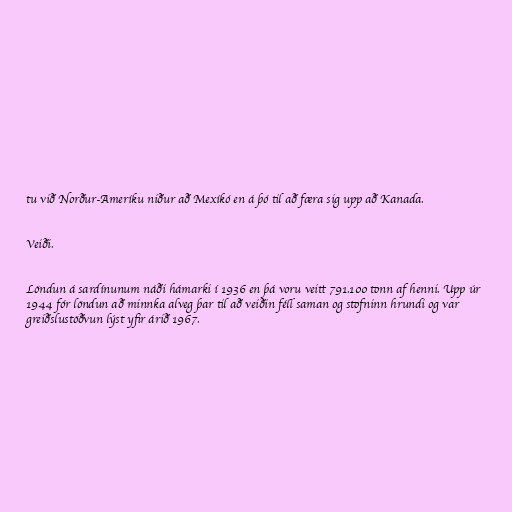
tu við Norður-Ameríku niður að Mexíkó en á þó til að færa sig upp að Kanada.

Veiði.

Löndun á sardínunum náði hámarki í 1936 en þá voru veitt 791.100 tonn af henni. Upp úr
1944 fór löndun að minnka alveg þar til að veiðin féll saman og stofninn hrundi og var
greiðslustöðvun lýst yfir árið 1967.